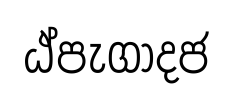
ඨ්පැගාදජ